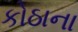
કોઠાના